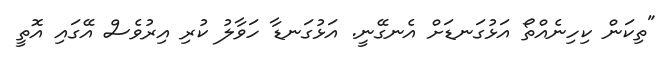
"ތިކަން ކިހިނެއްތޯ އަޅުގަނޑަށް އެނގޭނީ. އަޅުގަނޑާ ހަވާލު ކުރި އިރުވެސް އޭގައި އޮތީ